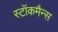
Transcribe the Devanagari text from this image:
स्टॉकमैन्स